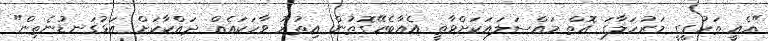
"އެއީ ތަހުގީގީ މަރުހަލާގަ އޮތް މައްސަލައަކަށްވާތީ އެއާބެހޭގޮތުން އިތުރު ވާހަކައެއް ދައްކާކަށް އަޅުގަނޑުނެތިން"